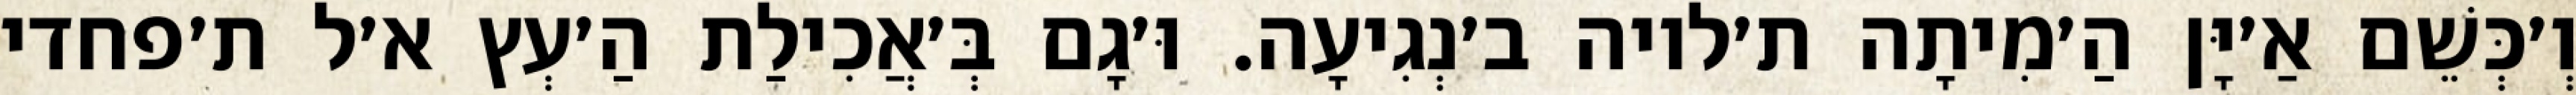
וְ׳כְּשֵׁם אַ׳יָּן הַ׳מִיתָה ת׳לויה ב׳נְגִיעָה. וּ׳גָם בְּ׳אֲכִילַת הַ׳עְץ א׳ל ת׳פחדי